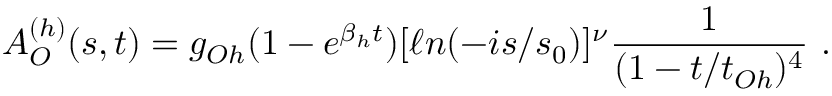
A _ { \cal O } ^ { ( h ) } ( s , t ) = g _ { { \cal O } h } ( 1 - e ^ { \beta _ { h } t } ) [ \ell n ( - i s / s _ { 0 } ) ] ^ { \nu } \frac { 1 } { ( 1 - t / t _ { { \cal O } h } ) ^ { 4 } } \ .